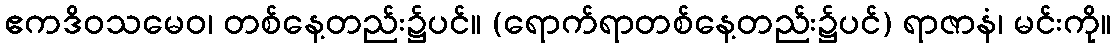
ဧကဒိဝသမေဝ၊ တစ်နေ့တည်း၌ပင်။ (ရောက်ရာတစ်နေ့တည်း၌ပင်) ရာဇာနံ၊ မင်းကို။